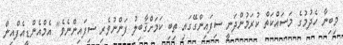
މިބިނާ ހެދުމުގެ މަސައްކަތް ކުރަމުންދަނީ ސިފައިންގޭގައި ތިބި ކަމަށްޤާބިލު ފަންނުވެރި ސިފައިންނެވެ" އެމްއެންޑީއެފްއިން